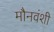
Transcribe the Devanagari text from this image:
मौनवंशी